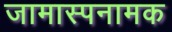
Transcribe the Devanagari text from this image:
जामास्पनामक